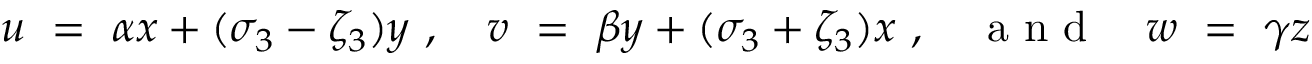
u \ = \ \alpha x + ( \sigma _ { 3 } - \zeta _ { 3 } ) y ~ , \quad v \ = \ \beta y + ( \sigma _ { 3 } + \zeta _ { 3 } ) x ~ , { ~ ~ ~ \mathrm { ~ a ~ n ~ d ~ } ~ ~ ~ } w \ = \ \gamma z